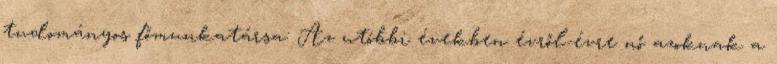
tudományos főmunkatársa: Az utóbbi években évről-évre nő azoknak a